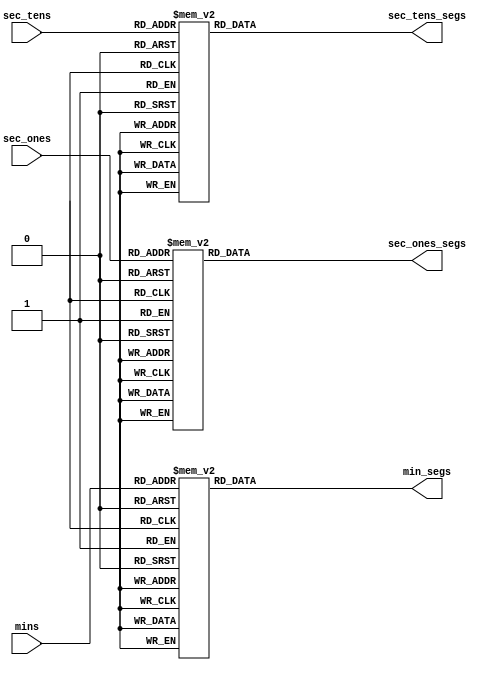
module bcd_7segmentos(input wire [3:0]mins,sec_tens,sec_ones, output reg [6:0]min_segs,sec_tens_segs,sec_ones_segs);
always@* begin
	case(mins)			  
		4'b0000: min_segs = 7'b0000001;
        4'b0001: min_segs = 7'b1001111;
        4'b0010: min_segs = 7'b0010010;
        4'b0011: min_segs = 7'b0000110;
        4'b0100: min_segs = 7'b1001100;
        4'b0101: min_segs = 7'b0100100;
        4'b0110: min_segs = 7'b0100000;
        4'b0111: min_segs = 7'b0001111;
        4'b1000: min_segs = 7'b0000000;
        4'b1001: min_segs = 7'b0001100;
		default: min_segs = 7'b1111111;
	endcase
	case(sec_tens)			  
		4'b0000: sec_tens_segs = 7'b0000001;
        4'b0001: sec_tens_segs = 7'b1001111;
        4'b0010: sec_tens_segs = 7'b0010010;
        4'b0011: sec_tens_segs = 7'b0000110;
        4'b0100: sec_tens_segs = 7'b1001100;
        4'b0101: sec_tens_segs = 7'b0100100;
        4'b0110: sec_tens_segs = 7'b0100000;
        4'b0111: sec_tens_segs = 7'b0001111;
        4'b1000: sec_tens_segs = 7'b0000000;
        4'b1001: sec_tens_segs = 7'b0001100;
		default: sec_tens_segs = 7'b1111111;
	endcase
	case(sec_ones)			  
		4'b0000: sec_ones_segs = 7'b0000001;
        4'b0001: sec_ones_segs = 7'b1001111;
        4'b0010: sec_ones_segs = 7'b0010010;
        4'b0011: sec_ones_segs = 7'b0000110;
        4'b0100: sec_ones_segs = 7'b1001100;
        4'b0101: sec_ones_segs = 7'b0100100;
        4'b0110: sec_ones_segs = 7'b0100000;
        4'b0111: sec_ones_segs = 7'b0001111;
        4'b1000: sec_ones_segs = 7'b0000000;
        4'b1001: sec_ones_segs = 7'b0001100;
		default: sec_ones_segs = 7'b1111111;
	endcase
end
endmodule